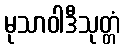
မုသာဝါဒီသုတ္တံ